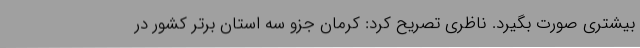
بیشتری صورت بگیرد. ناظری تصریح کرد: کرمان جزو سه استان برتر کشور در